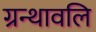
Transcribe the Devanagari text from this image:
ग्रन्थावलि